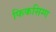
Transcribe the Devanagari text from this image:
फिकसिग्ग